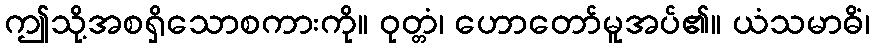
ဤသို့အစရှိသောစကားကို။ ဝုတ္တံ၊ ဟောတော်မူအပ်၏။ ယံသမာဓိံ၊